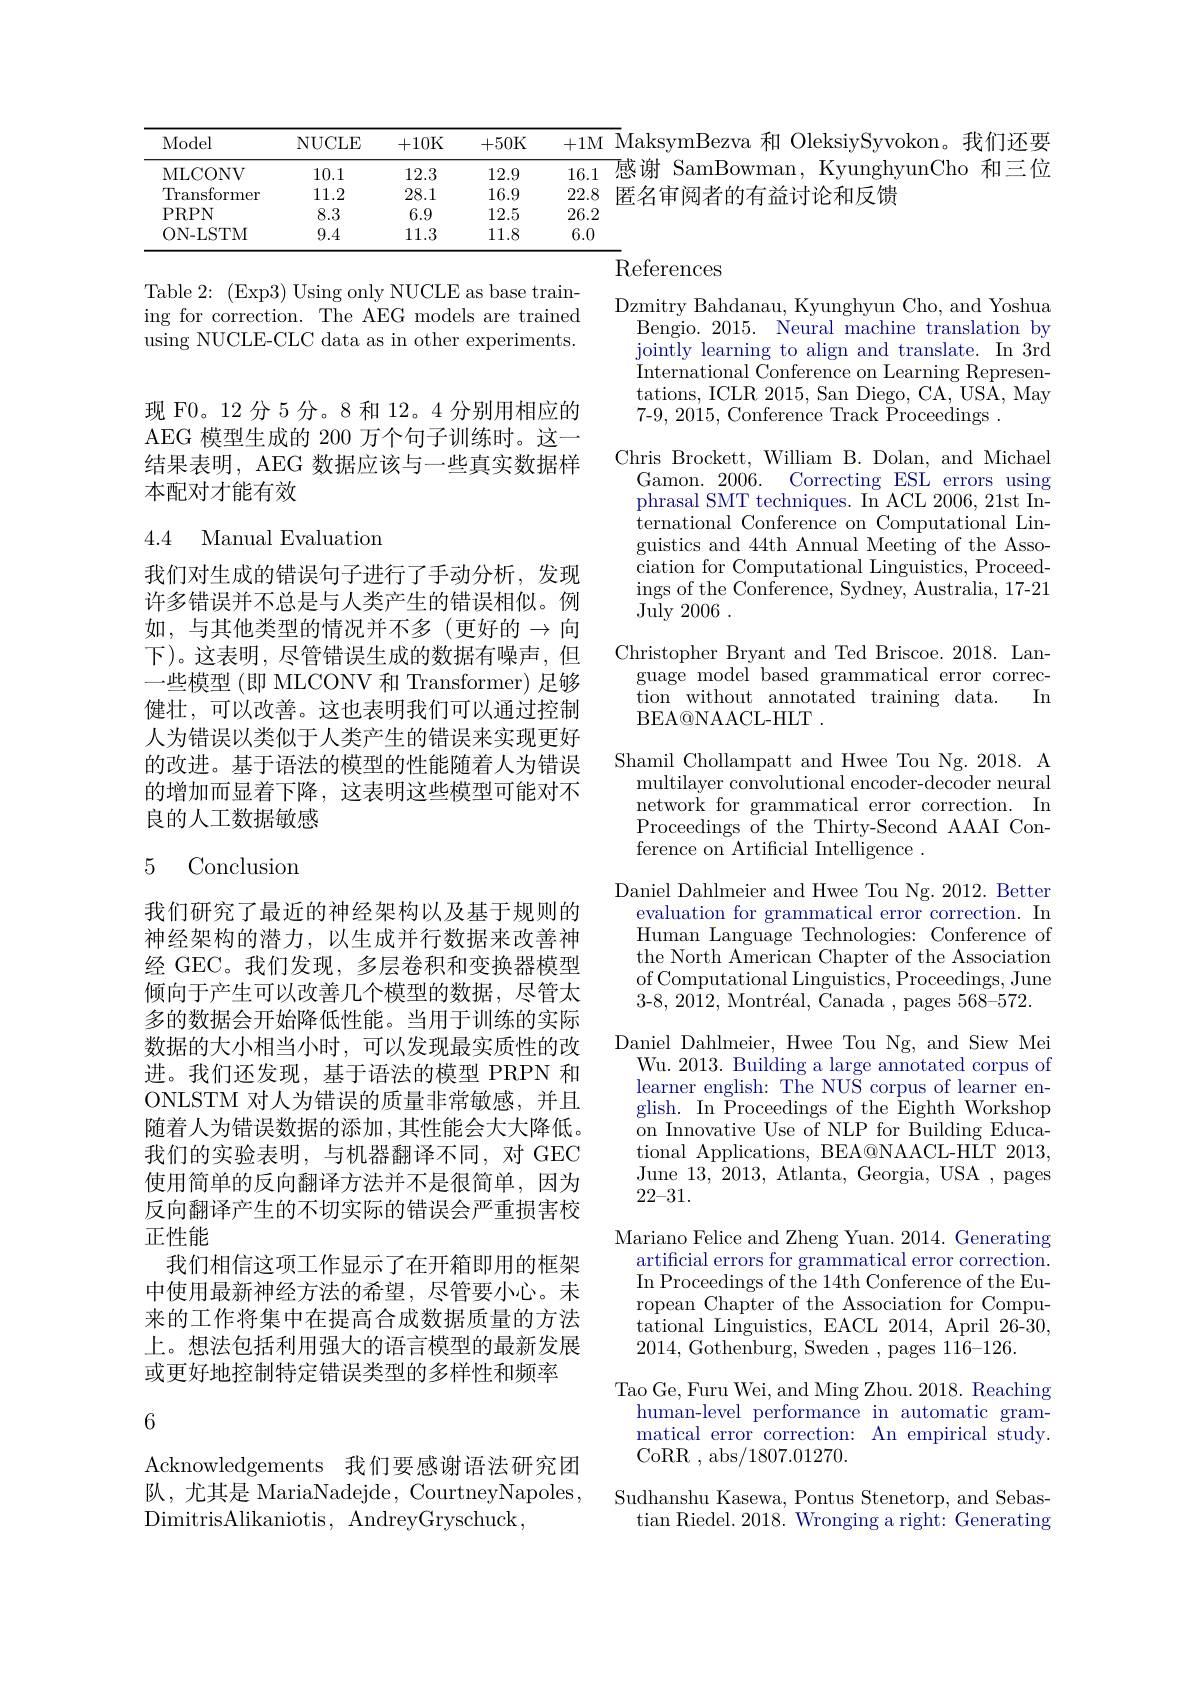
<table>
	<tbody>
		<tr>
			<th>Model</th>
			<th>NUCLE</th>
			<th>+10K</th>
			<th>+50K</th>
			<th>MaksymBezva 和 OleksiySyvokon。我们还要</th>
		</tr>
		<tr>
			<td>MLCONV</td>
			<td>10.1</td>
			<td>12.3</td>
			<td>12.9</td>
			<td>感谢 SamBowman KvunghvunCho 和三位</td>
		</tr>
		<tr>
			<td>Transformer</td>
			<td>11.2</td>
			<td>28.1</td>
			<td>16.9</td>
			<td>共及田的老白 TAT 7 益讨论和反馈</td>
		</tr>
		<tr>
			<td>PRPN</td>
			<td>8.3</td>
			<td>6.9</td>
			<td>12.5</td>
			<td> </td>
		</tr>
		<tr>
			<td>ON- LSTM</td>
			<td>9.4</td>
			<td>11.3</td>
			<td>11.8</td>
			<td> </td>
		</tr>
	</tbody>
</table>
References

Table 2:(Exp3) Using only NUCLE as base training for correction. The AEG models are trained using NUCLE-CLC data as in other experiments.

现 F0。12 分 5 分。8 和 12。4 分别用相应的AEG 模型生成的 200 万个句子训练时。这一结果表明，AEG 数据应该与一些真实数据样本配对才能有效

Dzmitry Bahdanau, Kyunghyun Cho, and Yoshua
Bengio. 2015. Neural machine translation by jointly learning to align and translate. In 3rd International Conference on Learning Representations, ICLR 2015, San Diego, CA, USA, May 7-9, 2015, Conference Track Proceedings .
Chris Brockett, William B. Dolan, and Michael Gamon. 2006. Correcting ESL errors using phrasal SMT techniques. In ACL 2006, 21st International Conference on Computational Linguistics and 44th Annual Meeting of the Association for Computational Linguistics, Proceedings of the Conference, Sydney, Australia, 17-21 ${\mathrm{July~2006~.}}$
Christopher Bryant and Ted Briscoe. 2018. Lan-

4.4 Manual Evaluation

我们对生成的错误句子进行了手动分析，发现许多错误并不总是与人类产生的错误相似。例如，与其他类型的情况并不多(更好的$\to$向下)。这表明，尽管错误生成的数据有噪声，但一些模型 (即 MLCONV 和 Transformer)足够健壮，可以改善。这也表明我们可以通过控制人为错误以类似于人类产生的错误来实现更好的改进。基于语法的模型的性能随着人为错误的增加而显着下降，这表明这些模型可能对不良的人工数据敏感

## 5 Conclusion

guage model based grammatical error correc-
In
tion without annotated training data.
BEA@ NAACL- HLT .
Shamil Chollampatt and Hwee Tou Ng.2018. A
multilayer convolutional encoder-decoder neural network for grammatical error correction. In Proceedings of the Thirty-Second AAAI Conference on Artificial Intelligence .
Daniel Dahlmeier and Hwee Tou Ng. 2012. Better
evaluation for grammatical error correction. In Human Language Technologies: Conference of the North American Chapter of the Association of Computational Linguistics, Proceedings, June 3-8, 2012, Montréal, $\text{\v {C}anada}$,pages 568-572.
Daniel Dahlmeier, Hwee Tou Ng, and Siew Mei
Wu. 2013. Building a large annotated corpus of learner english: The NUS corpus of learner english. In $\bar{\text{Proceedings of the Eighth Workshop}}$ ${\mathrm{~on~Innovative~Use~of~NLP~for~Building~Educa-}}$ tional Applications, BEA@NAACL-HLT 2013, June 13,2013, Atlanta, Georgia, USA , pages 22-31.
Mariano Felice and Zheng Yuan. 2014. Generating
artificial errors for grammatical error correction. In Proceedings of the 14th Conference of the European Chapter of the Association for Compu- $\dot{\text{tational Linguistics, EACL 2014, April 26-30,}}$ 2014,Gothenburg, Sweden ,pages 116-126.
Tao Ge, Furu Wei, and Ming Zhou. 2018. Reaching
human-level performance in automatic grammatical error correction: An empirical study. CoRR , abs/1807.01270.
Sudhanshu Kasewa, Pontus Stenetorp, and Sebastian Riedel. 2018. Wronging a right: Generating

我们研究了最近的神经架构以及基于规则的神经架构的潜力，以生成并行数据来改善神经 GEC。我们发现，多层卷积和变换器模型倾向于产生可以改善几个模型的数据，尽管太多的数据会开始降低性能。当用于训练的实际数据的大小相当小时，可以发现最实质性的改进。我们还发现，基于语法的模型 PRPN 和ONLSTM 对人为错误的质量非常敏感，并且随着人为错误数据的添加，其性能会大大降低。我们的实验表明，与机器翻译不同，对 GEC 使用简单的反向翻译方法并不是很简单，因为反向翻译产生的不切实际的错误会严重损害校正性能
我们相信这项工作显示了在开箱即用的框架中使用最新神经方法的希望，尽管要小心。未来的工作将集中在提高合成数据质量的方法上。想法包括利用强大的语言模型的最新发展或更好地控制特定错误类型的多样性和频率

6

Acknowledgements 我们要感谢语法研究团队，尤其是 MariaNadejde, CourtneyNapoles, ${\mathrm{DimitrisAlikaniotis,~AndreyGryschuck,}}$